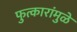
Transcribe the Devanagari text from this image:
फुत्कारांमुळे